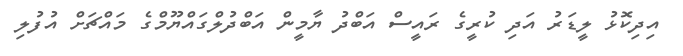
އިދިކޮޅު ލީޑަރު އަދި ކުރީގެ ރައީސް އަބްދު ޔާމީން އަބްދުލްގައްޔޫމްގެ މައްޗަށް އުފުލި